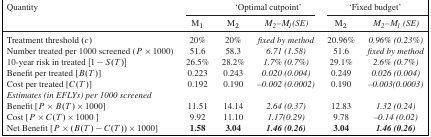
<table><thead><tr><td><b>Quantity</b></td><td colspan="3"><b>‘Optimal cutpoint’</b></td><td colspan="2"><b>‘Fixed budget’</b></td></tr><tr><td></td><td><b>M<sub>1</sub></b></td><td><b>M<sub>2</sub></b></td><td><b><i>M</i><sub><i>2</i></sub>– <i>M</i><sub><i>1</i></sub><i>(SE)</i></b></td><td><b>M<sub>2</sub></b></td><td><b><i>M</i><sub><i>2</i></sub>– <i>M</i><sub><i>1</i></sub><i>(SE)</i></b></td></tr></thead><tbody><tr><td>Treatment threshold (<i>c</i>)</td><td>20%</td><td>20%</td><td><i>fixed by method</i></td><td>20.96%</td><td><i>0.96% (0.23%)</i></td></tr><tr><td>Number treated per 1000 screened (<i>P</i> ×1000)</td><td>51.6</td><td>58.3</td><td><i>6.71 (1.58)</i></td><td>51.6</td><td><i>fixed by method</i></td></tr><tr><td>10-year risk in treated [1 − <i>S</i>(<i>T</i>)]</td><td>26.5%</td><td>28.2%</td><td><i>1.7% (0.7%)</i></td><td>29.1%</td><td><i>2.6% (0.7%)</i></td></tr><tr><td>Benefit per treated [ <i>B</i>(<i>T</i>)]</td><td>0.223</td><td>0.243</td><td><i>0.020 (0.004)</i></td><td>0.249</td><td><i>0.026 (0.004)</i></td></tr><tr><td>Cost per treated [ <i>C</i>(<i>T</i>)]</td><td>0.192</td><td>0.190</td><td><i>–0.002 (0.0002)</i></td><td>0.190</td><td><i>–0.003(0.0003)</i></td></tr><tr><td><i>Estimates (in EFLYs) per 1000 screened</i></td><td></td><td></td><td></td><td></td><td></td></tr><tr><td>Benefit [ <i>P</i> × <i>B</i>(<i>T</i>) ×1000]</td><td>11.51</td><td>14.14</td><td><i>2.64 (0.37)</i></td><td>12.83</td><td><i>1.32 (0.24)</i></td></tr><tr><td>Cost [ <i>P</i> × <i>C</i>(<i>T</i>) ×1000 ]</td><td>9.92</td><td>11.10</td><td><i>1.17(0.29)</i></td><td>9.78</td><td><i>–0.14 (0.02)</i></td></tr><tr><td>Net Benefit [ <i>P</i> × (<i>B</i>(<i>T</i>) − <i>C</i>(<i>T</i>)) × 1000]</td><td><b>1.58</b></td><td><b>3.04</b></td><td><b><i>1.46 (0.26)</i></b></td><td><b>3.04</b></td><td><b><i>1.46 (0.26)</i></b></td></tr></tbody></table>